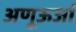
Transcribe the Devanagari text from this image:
अणूऊर्जा